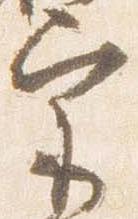
宗